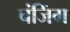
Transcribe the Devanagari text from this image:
चंजिंग